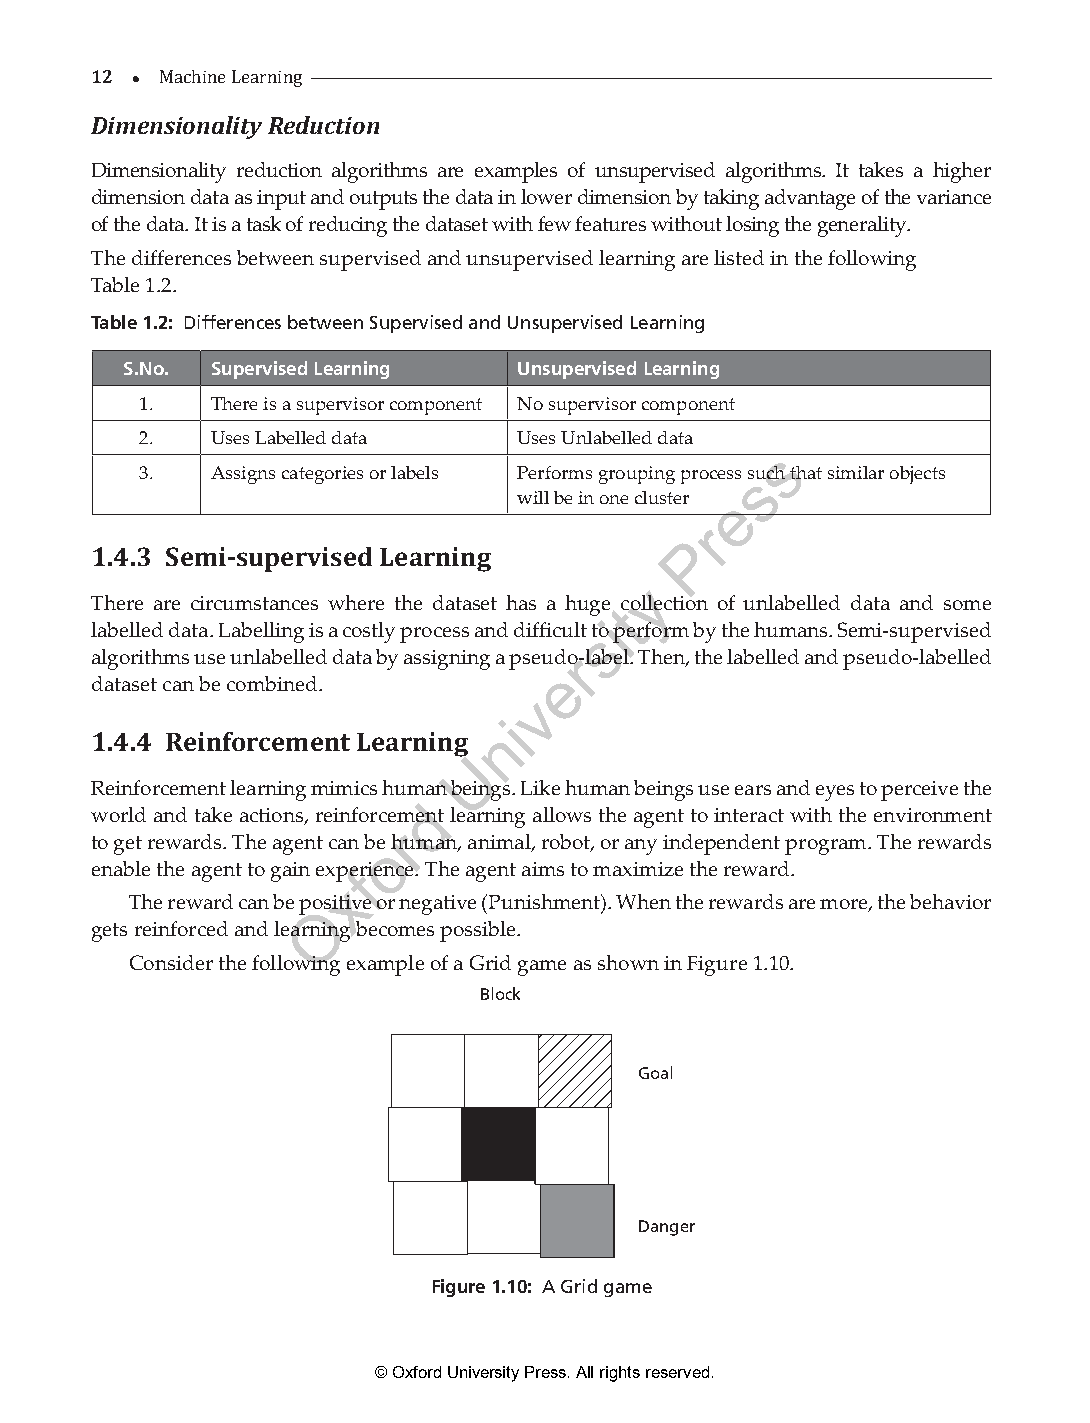
12 
 Di me nMsaiochninael Liteayr nRinegduction
 Dimensionality reduction algorithms are examples of unsupervised algorithms. It takes a higher
 dimension data as input and outputs the data in lower dimension by taking advantage of the variance
 of the data. It is a task of reducing the dataset with few features without losing the generality.
 The differences between supervised and unsupervised learning are listed in the following
 Table 1.2.
 Table 1.2: Differences between Supervised and Unsupervised Learning
 S.No. Supervised Learning Unsupervised Learning
 1.   There is a supervisor component No supervisor component
 2.   Uses Labelled data  Uses Unlabelled data
 s
 3.   Assigns categories or labels Performs grouping process ssuch that similar objects
 will be in one cluster e
 r
 P
 1.4.3 Semi-supervised Learning
 y
 There are circumstances where the dataset has a huge tcollection of unlabelled data and some
 i
 labelled data. Labelling is a costly process and difficult sto perform by the humans. Semi-supervised
 algorithms use unlabelled data by assigning a pseudor-label. Then, the labelled and pseudo-labelled
 e
 dataset can be combined.
 v
 i
 n
 1.4.4 Reinforcement Learning
 U
 Reinforcement learning mimics huma n beings. Like human beings use ears and eyes to perceive the
 d
 world and take actions, reinforcement learning allows the agent to interact with the environment
 r
 to get rewards. The agent can boe human, animal, robot, or any independent program. The rewards
 enable the agent to gain expefrience. The agent aims to maximize the reward.
 x
 The reward can be poOsitive or negative (Punishment). When the rewards are more, the behavior
 gets reinforced and learning becomes possible.
 Consider the following example of a Grid game as shown in Figure 1.10.
 Block
 Goal
 Danger
 Figure 1.10: A Grid game
 © Oxford University Press. All rights reserved.
 ML_01.indd 12                                                 26-Mar-21 3:12:41 PM